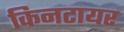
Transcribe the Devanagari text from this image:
किनटायर